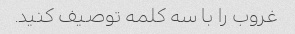
غروب را با سه کلمه توصیف کنید.